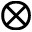
\otimes